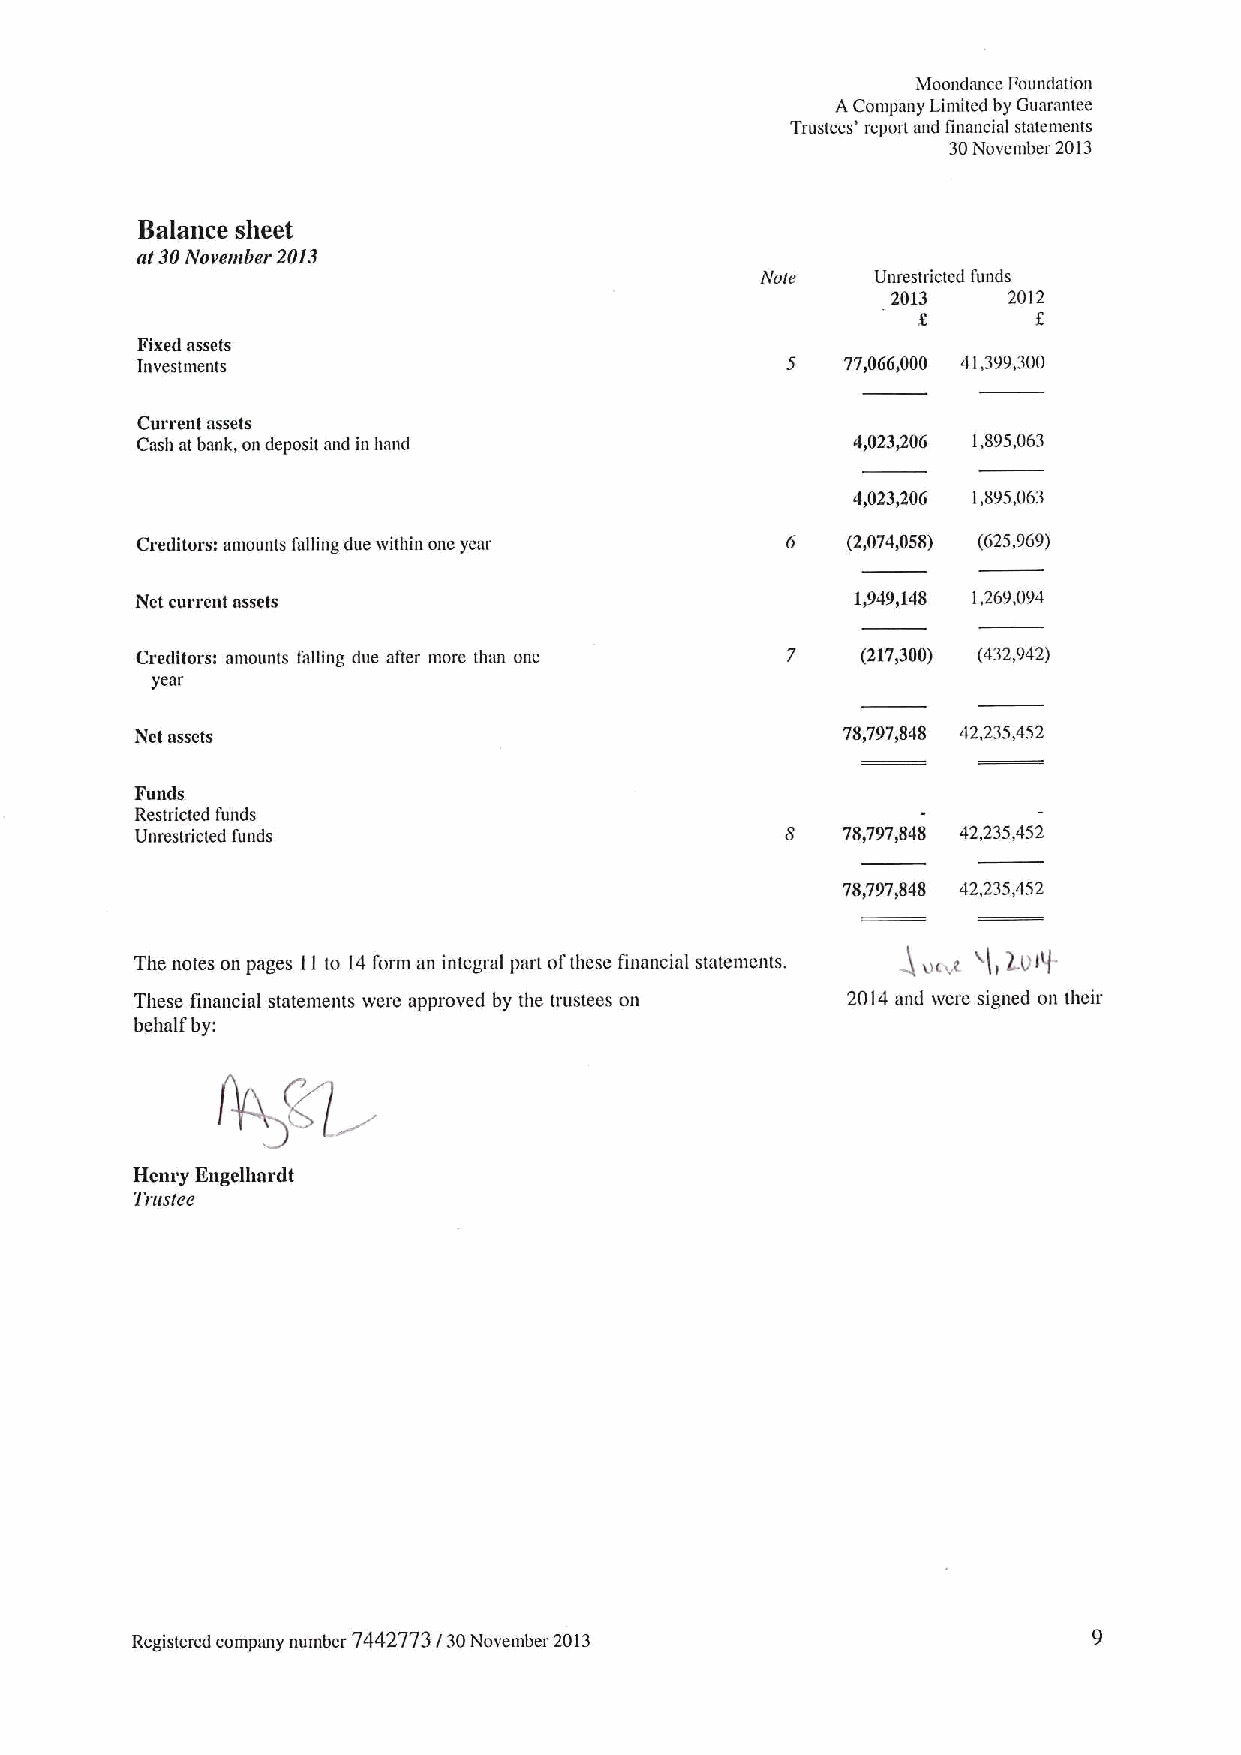
Moondance Foundation
 AConipany Limited by Guarantee
 Trustees' report and financial statenients
 30November 2013
 Halance sheet
 at 30Novetuber 2013
 A&ote   Unrestricted funds
 2013    2012
 Fixed assets
 Investments                                5   77,066&000 41,399,300
 Current assets
 Cash at bank, ondeposit and in hand            4,023,206 1,895,063
 4,023,206 1,895,063
 Creditors: amounts falling due within one year 6 (2,074&058) (625,969)
 Net currmit assets                              1,949,148 1,269,094
 Creditors: amounts falling due after more than one 7 (217,300) (432,942)
 year
 Net assets                                     78,797,848 42,235,452
 Funds
 Restricted funds
 Unrestricted funds                         8   78&797&848 42,235,452
 78&797,848 42,235,452
 )
 The notes on pages 11to 14form an integral part ofthese financial statements. o(~ x( 1.()l(I.
 t
 These financial statements wtnc approved by the trustees on 2014 and were signed on their
 behalf by:
 4&l
 Henry Rage)hardt
 Trustee
 Registered company number 7442773I30November 2013